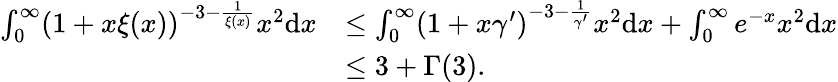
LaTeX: \begin{array}{rl}{\int_{0}^{\infty}(1+x\xi(x))^{-3-\frac{1}{\xi(x)}}x^{2}\mathrm{d}x}&{\leq\int_{0}^{\infty}(1+x\gamma^{\prime})^{-3-\frac{1}{\gamma^{\prime}}}x^{2}\mathrm{d}x+\int_{0}^{\infty}e^{-x}x^{2}\mathrm{d}x}\\ &{\leq 3+\Gamma(3).}\end{array}